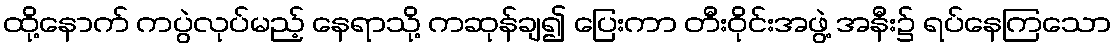
ထို့နောက် ကပွဲလုပ်မည့် နေရာသို့ ကဆုန်ချ၍ ပြေးကာ တီးဝိုင်းအဖွဲ့ အနီး၌ ရပ်နေကြသော